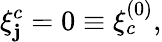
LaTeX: \xi_{\mathbf{j}}^{c}=0\equiv\xi_{c}^{(0)},